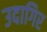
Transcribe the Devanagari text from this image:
उदागिर